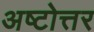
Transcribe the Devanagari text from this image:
अष्टोत्तर